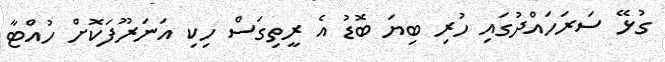
ގުޅޭ ސަރަހައްދުގައި ހުރި ބިޔަ ބޮޑު އެ ރީތިގަސް ހިކި އަނަރޫފަކޮށް ހުއްޓާ